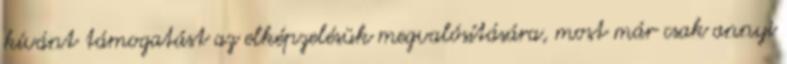
kívánt támogatást az elképzelésük megvalósítására, most már csak annyi